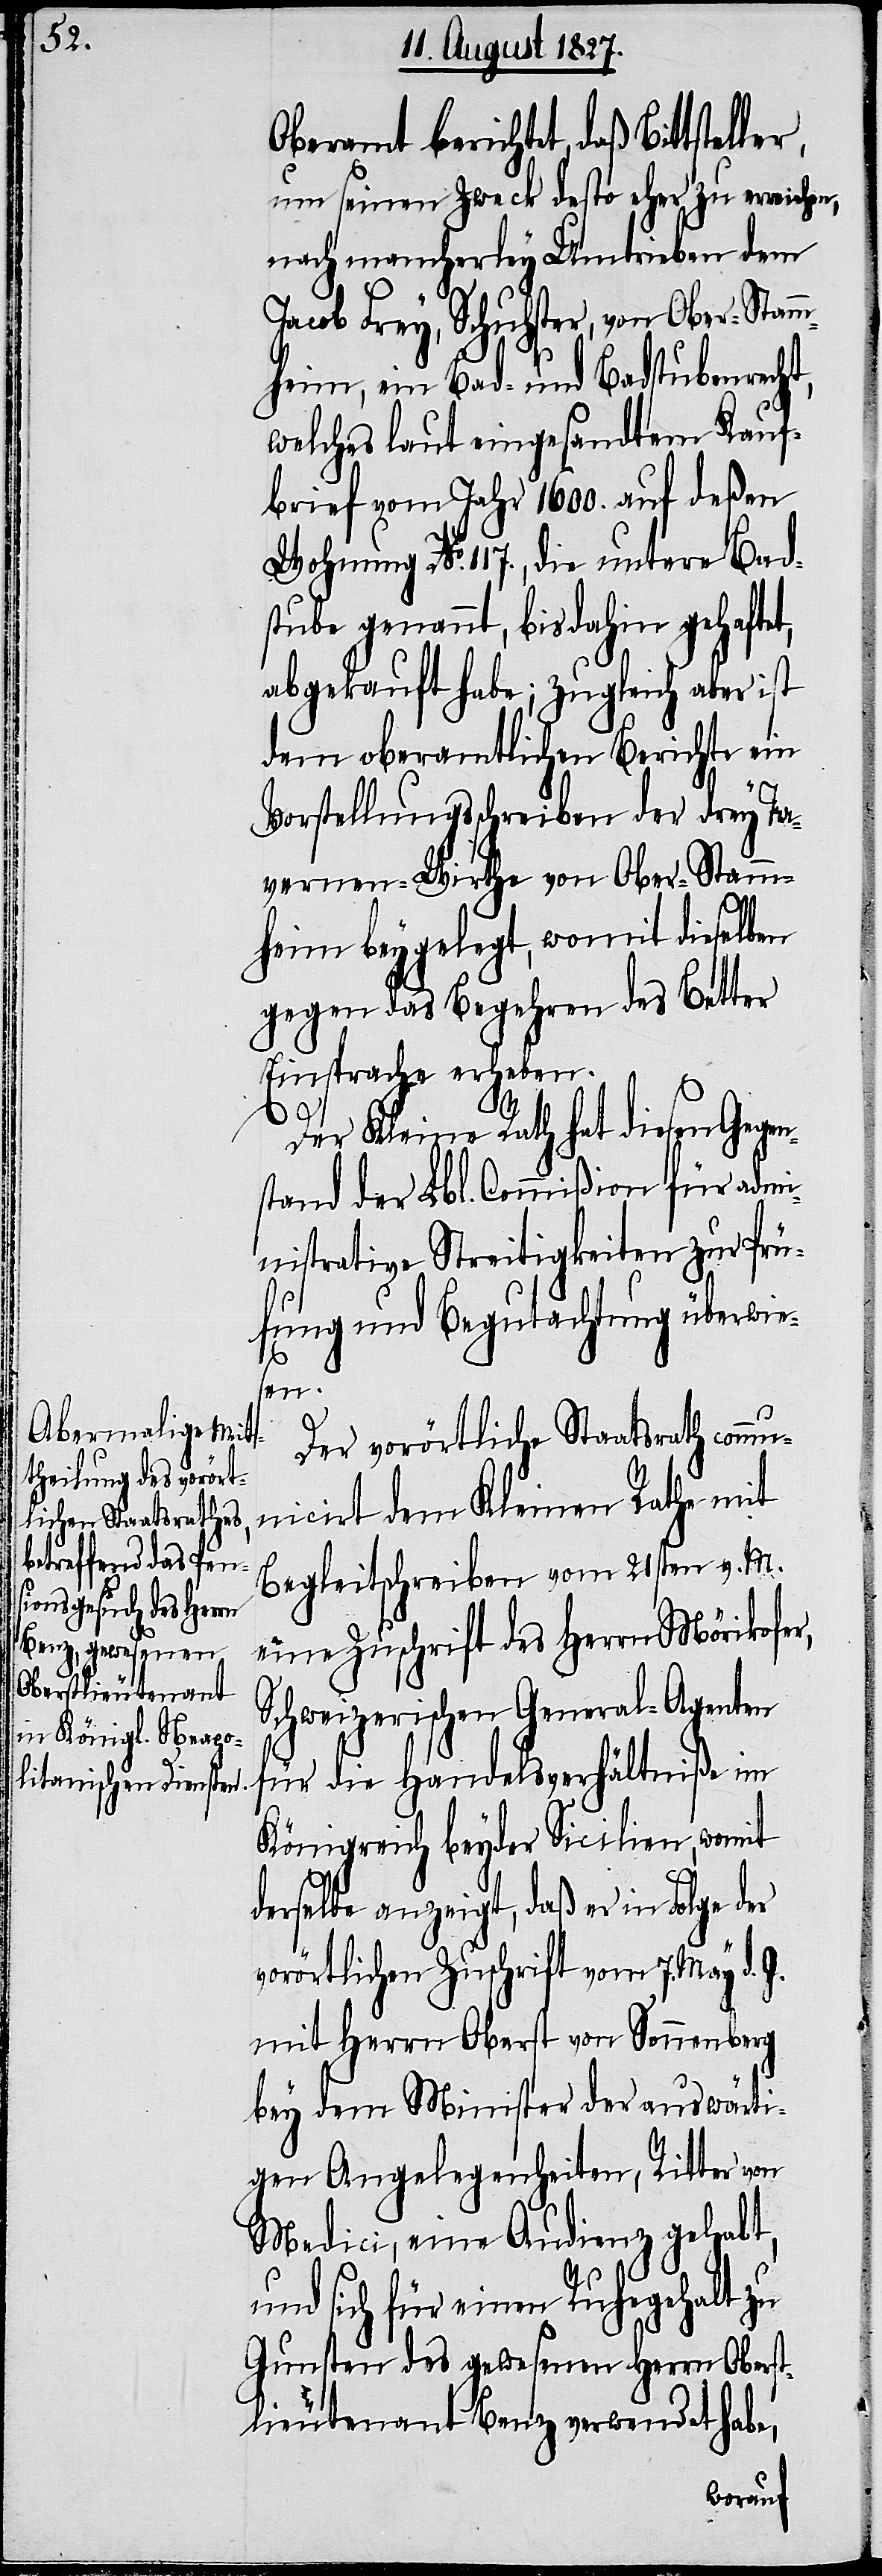
Oberamt berichtet, daß Bittstel¬
um seinen Zweck desto eher zu erreichen,
nach mancherley Umtrieben dem
en¬
Jacob Frey, Schuhster, von Ober-Stamm¬
heim, ein Bad- und Badstubenrecht,
welches laut eingesandtem Kauf¬
brief vom Jahr 1600. auf deßen
Wohnung No. 117., die untere Bad¬
stube genannt, bis dahin gehaftet,
abgekauft habe; zugleich aber ist
dem oberamtlichen Berichte ein
Vorstellungsschreiben der drey Ta¬
vernen-Wirthe von Ober-Stamm¬
heim beygelegt, womit dieselben
gegen das Begehren des Better
Einsprache erheben.
er Kleine Rath hat diesen Geg¬
stand der Lbl. Commißion für adm¬
inistrative Streitigkeiten zur Prü¬
fung und Begutachtung überwie¬
sen.
Der vorörtliche Staatsrath comm¬
unicirt dem Kleinen Rathe mit
Begleitschreiben vom 21sten v. M.
eine Zuschrift des Herrn Mörikofer,
Schweizerischen General-Agenten
für die Handelsverhältniße im
Königreich beyder Sicilien, womit
derselbe anzeigt, daß er in Folge der
vorörtlichen Zuschrift vom 7. May d. J.
mit Herrn Oberst von Sonnenberg
bey dem Minister der auswärti¬
gen Angelegenheiten, Ritter von
Medici, eine Audienz gehabt,
und sich für einen Ruhegehalt zu
Gunsten des gewesenen Herrn Oberst¬
lieutenant Benz verwendet habe,